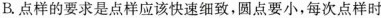
B. 点样的要求是点样应该快速细致，圆点要小，每次点样时